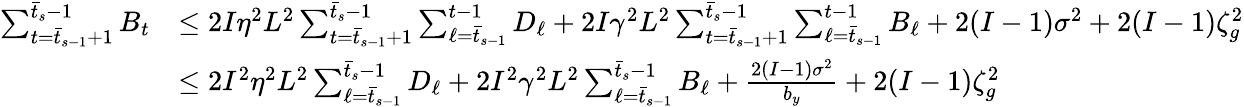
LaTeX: \begin{array}{rl}{\sum_{t=\bar{t}_{s-1}+1}^{\bar{t}_{s}-1}B_{t}}&{\leq 2I\eta^{2}L^{2}\sum_{t=\bar{t}_{s-1}+1}^{\bar{t}_{s}-1}\sum_{\ell=\bar{t}_{s-1}}^{t-1}D_{\ell}+2I\gamma^{2}L^{2}\sum_{t=\bar{t}_{s-1}+1}^{\bar{t}_{s}-1}\sum_{\ell=\bar{t}_{s-1}}^{t-1}B_{\ell}+2(I-1)\sigma^{2}+2(I-1)\zeta_{g}^{2}}\\ &{\leq 2I^{2}\eta^{2}L^{2}\sum_{\ell=\bar{t}_{s-1}}^{\bar{t}_{s}-1}D_{\ell}+2I^{2}\gamma^{2}L^{2}\sum_{\ell=\bar{t}_{s-1}}^{\bar{t}_{s}-1}B_{\ell}+\frac{2(I-1)\sigma^{2}}{b_{y}}+2(I-1)\zeta_{g}^{2}}\end{array}